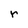
Character: r